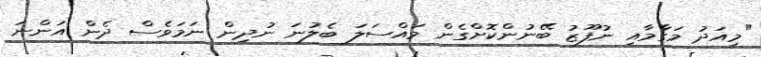
"މިއަދު މަގާމާއި ނުފޫޒު ބޭނުންކޮށްގެން މައްސަލަ ބެލުނަ ނުދިން ނަމަވެސް ދެން އަންނަ